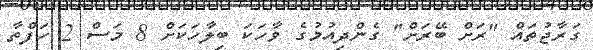
ގަރާޖުތައް "ރަށް ބޭރަށް" ގެންދިއުމުގެ ވާހަކަ ބިލާހަކަށް 8 މަސް 2 ހަފްތާ